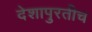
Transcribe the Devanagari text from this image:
देशापुरतीच